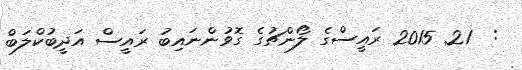
:  21